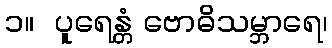
၁။  ပူရေန္တံ ဗောဓိသမ္ဘာရေ၊